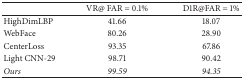
<table><thead><tr><td><b> </b></td><td><b>VR@ FAR = 0.1%</b></td><td><b>D1R@FAR = 1%</b></td></tr></thead><tbody><tr><td>HighDimLBP</td><td>41.66</td><td>18.07</td></tr><tr><td>WebFace</td><td>80.26</td><td>28.90</td></tr><tr><td>CenterLoss</td><td>93.35</td><td>67.86</td></tr><tr><td>Light CNN-29</td><td>98.71</td><td>90.42</td></tr><tr><td><i>Ours</i></td><td><i>99.59</i></td><td><i>94.35</i></td></tr></tbody></table>